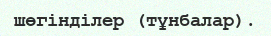
шөгінділер (тұнбалар).